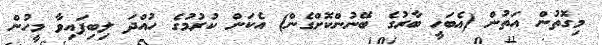
މިގޮތުން އަތުން (އެބަހީ ބާރުގެ ބޭނުންކޮށްގެން) އެކަން ކުރުމުގެ ހުއްދަ ލިބިފައިވާ މީހުން